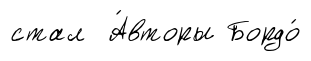
стал А́вторы Бордо́